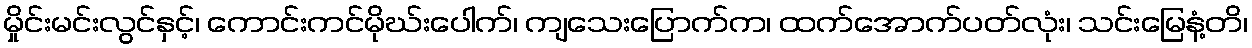
မှိုင်းမင်းလွင်နှင့်၊ ကောင်းကင်မိုဃ်းပေါက်၊ ကျသေးပြောက်က၊ ထက်အောက်ပတ်လုံး၊ သင်းမြေနံ့တိ၊